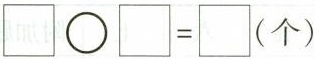
$$\Box \circ \Box=\Box（个）$$